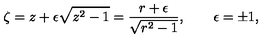
\zeta = z + \epsilon \sqrt { z ^ { 2 } - 1 } = \frac { r + \epsilon } { \sqrt { r ^ { 2 } - 1 } } , \qquad \epsilon = \pm 1 ,